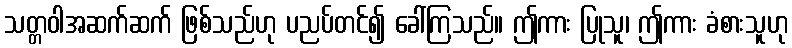
သတ္တဝါအဆက်ဆက် ဖြစ်သည်ဟု ပညပ်တင်၍ ခေါ်ကြသည်။ ဤကား ပြုသူ၊ ဤကား ခံစားသူဟု